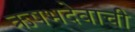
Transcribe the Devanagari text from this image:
ऋषभदेवाची